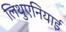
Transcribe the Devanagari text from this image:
लिथुएनियाई